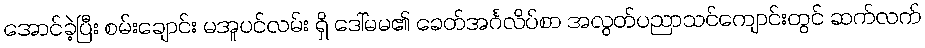
အောင်ခဲ့ပြီး စမ်းချောင်း မအူပင်လမ်း ရှိ ဒေါ်မမ၏ ခေတ်အင်္ဂလိပ်စာ အလွတ်ပညာသင်ကျောင်းတွင် ဆက်လက်